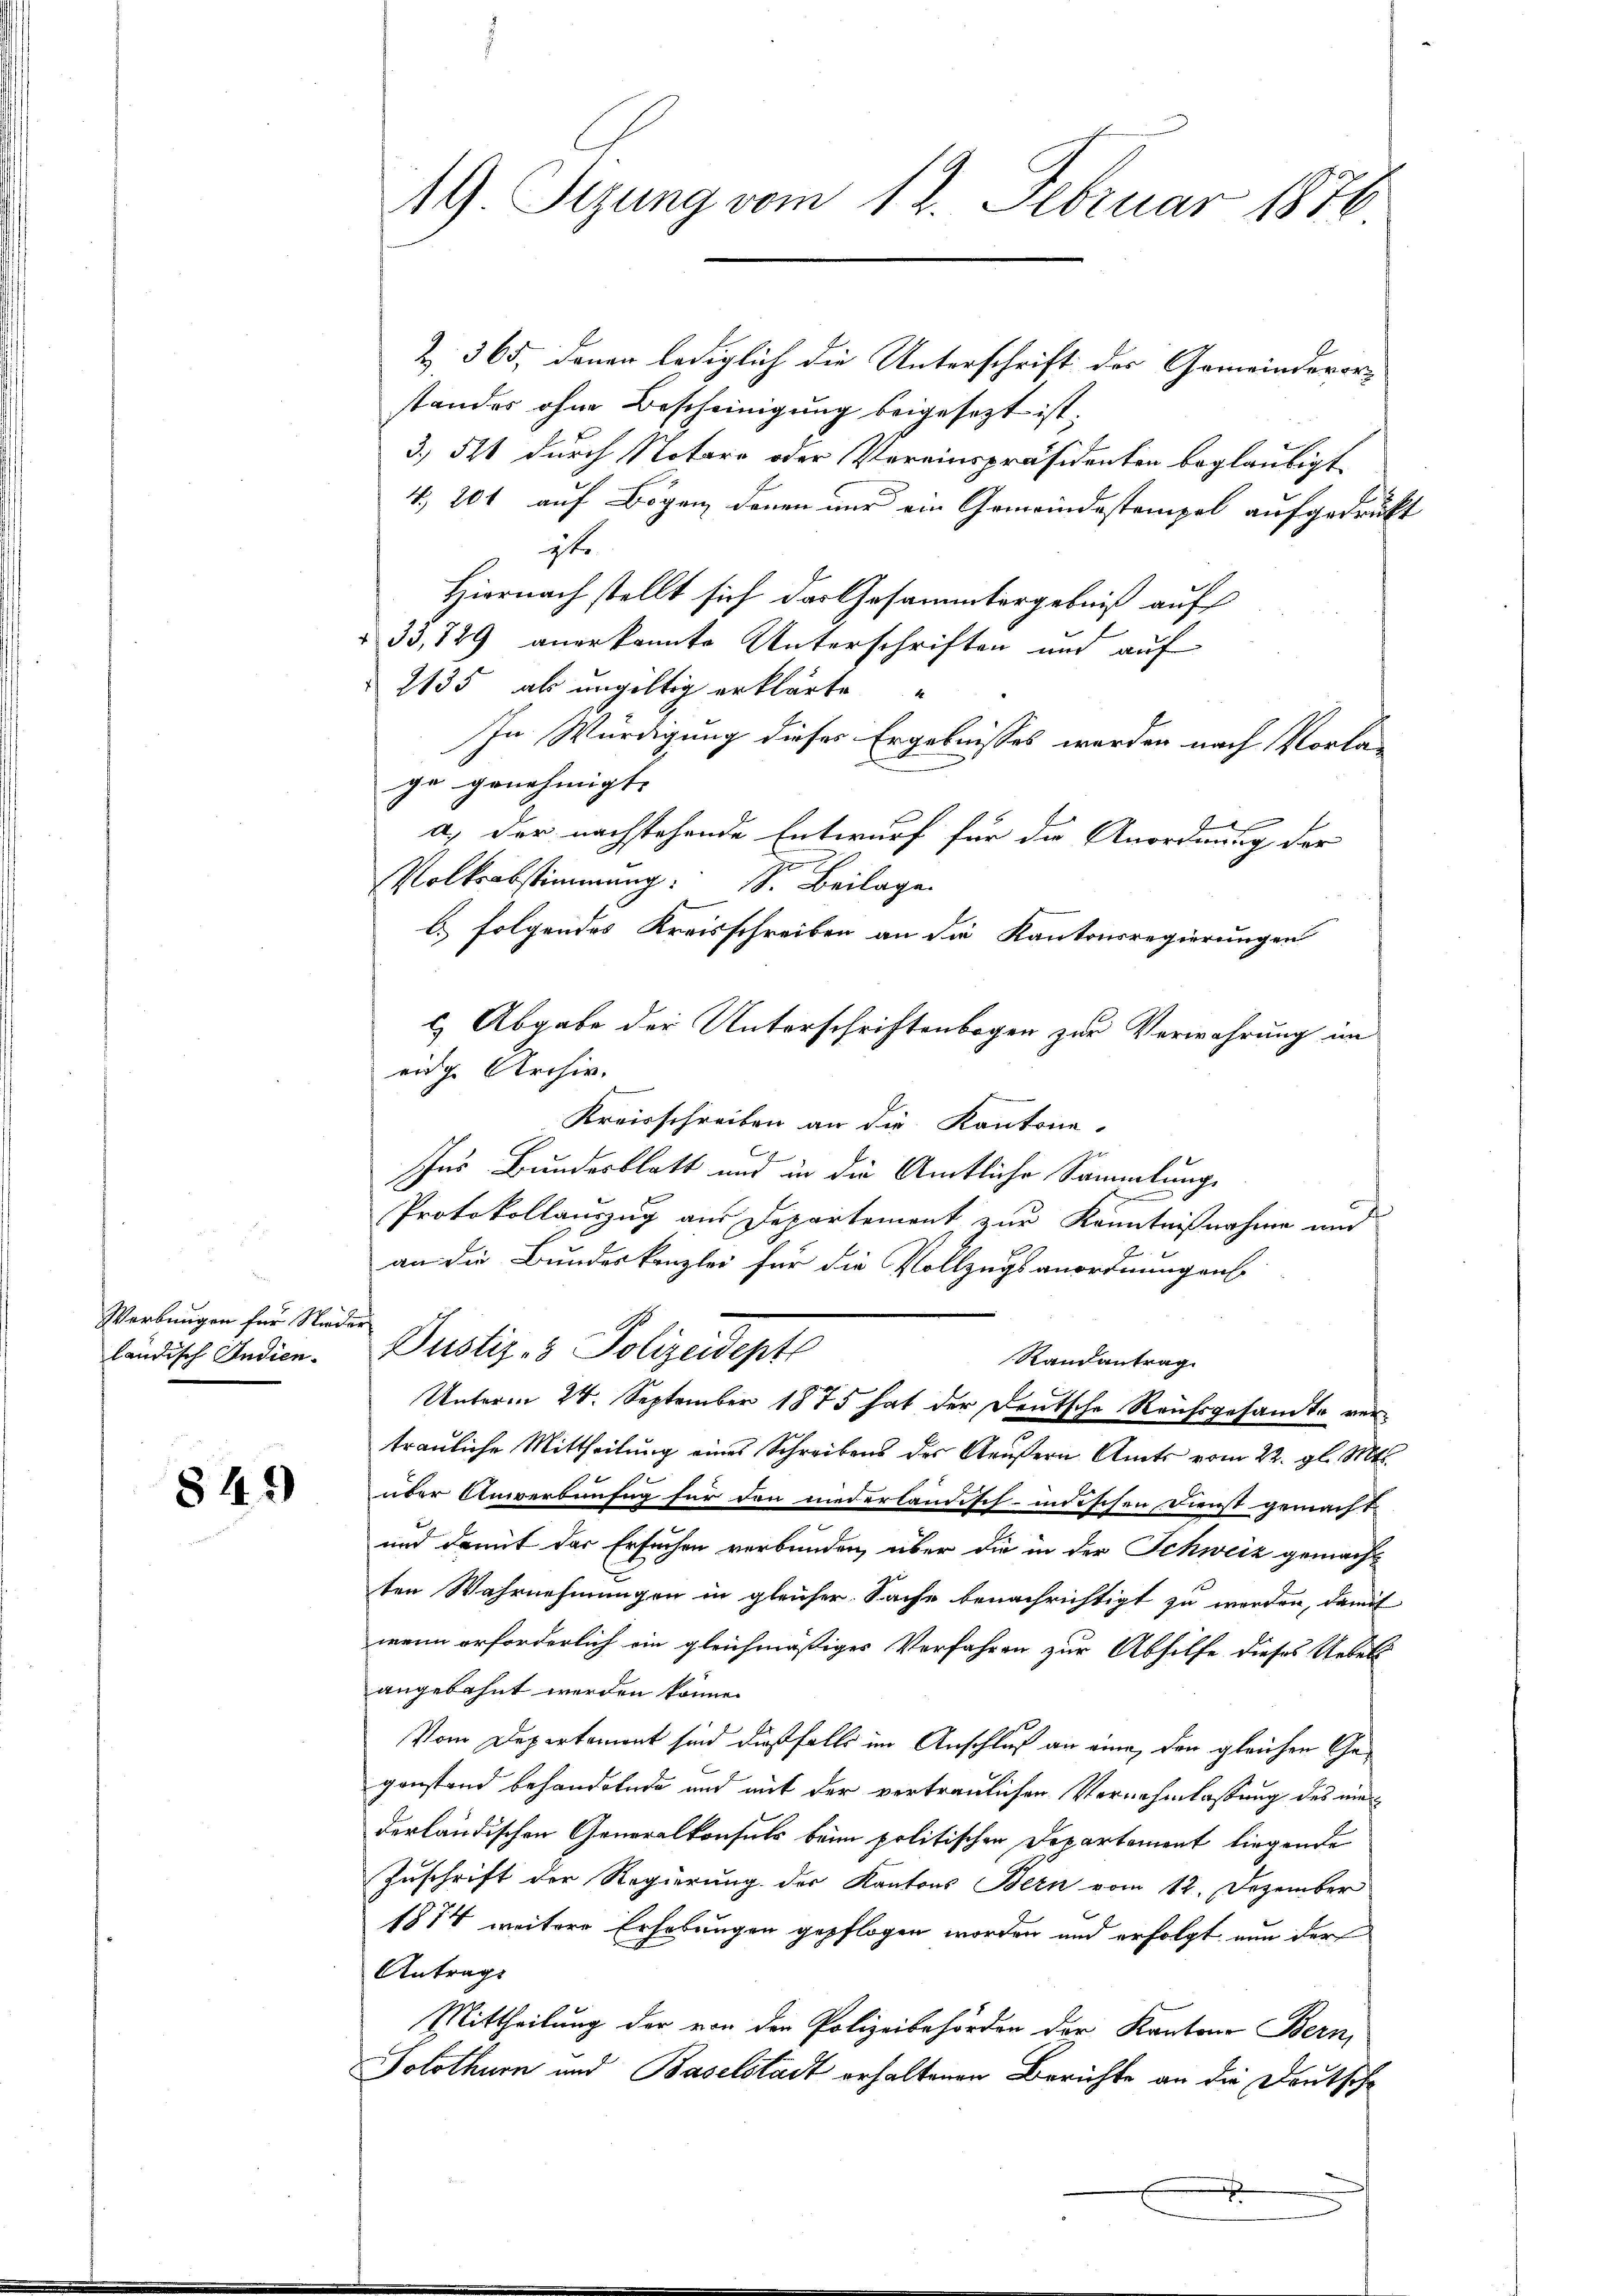
Werbungen für Nieder
ländisch Andien.

842)

19. Sizung vom 12. Februar 1870

Z. 365, denen lediglich die Unterschrift des Gemeindevor-
standes ohne Bescheinigung beigesezt ist.
3. 521 durch Notare oder Vereinspräsidenten beglaubigt
4. 201 auf Bögen denen nur ein Gemeindestempel aufgedrukt
gt.
Hiernach stellt sich das Gesammtergebniß auf
 33,849 anerkannte Unterschriften und auf
2135 als ungültig erklärte
In Würdigung dieses Ergebnisses werden nach Vorlage genehmigt. |
a.) der nachstehende Entwurf für da Anordnung der
Volksabstimmung. S. Beilage
C. folgendes Kreisschreiben an die Kantonsregierungen
) Abgabe der Unterschriftenbogen zur Verwahrung im
eidg. Archiv.
Kreisschreiben an die Kantone.
Ins Bundesblatt und in die Amtliche Sammlungs
Protokollauszug aus Departement zur Kenntnißnahme und
an die Bundeskanzlei für die Vollzugsanordnungens
Pustiz- & Polizeidepte
Randantrag
Unterm 24. September 1875 hat der Deutsche Reichsgesandte vertrauliche Mittheilung eines Schreibens des Aeußern Amts vom 22. gl. Mts.
über Anwerbunfug für den niederländisch-indischen Dienst gemacht.
und damit der Ersuchen verbunden, über die in der Schweiz gemacht
ten Wahrnehmungen in gleicher Sache benachrichtigt zu werden, damit
wenn erforderlich ein gleichmäßiges Verfahren zur Abhilfe dieses Uebels
angebahnt werden könne.
Vom Departement sind dießfalls im Anschluß an eine, den gleichen Gegonstand behandelnde und mit der vertraulichen Vernahmlassung des minderländischen Generalkonsuls beim politischen Departement liegende
Zuschrift der Regierung der Kantons Bern vom 12. Dezember
1874 weitere Erhebungen gepflogen worden und erfolgt nun der
Antrags
Mittheilung der von der Polizeibehörden der Kantons Bern,
Solothurn und Baselstadt erhaltenen Berichte an die Deutsche
d